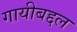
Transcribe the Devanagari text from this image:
गायीबद्दल